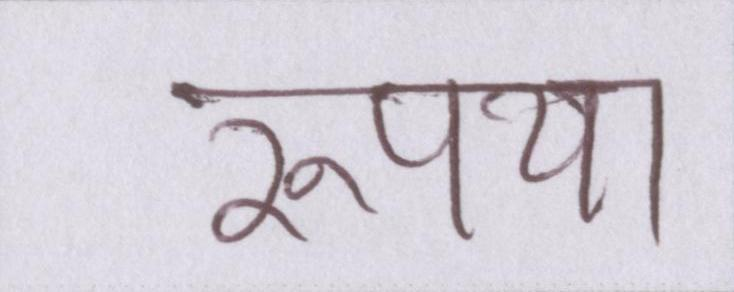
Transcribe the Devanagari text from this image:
रूपया